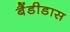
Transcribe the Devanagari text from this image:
बैंडीडास